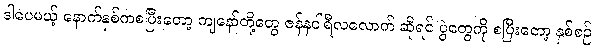
ဒါပေမယ့် နောက်နှစ်ကစပြီးတော့ ကျနော်တို့တွေ ဇန်နဝါရီလလောက် ဆိုရင် ပွဲတွေကို စပြီးတော့ နှစ်စဉ်